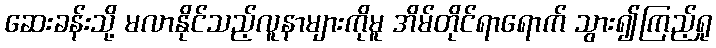
ဆေးခန်းသို့ မလာနိုင်သည့်လူနာများကိုမူ အိမ်တိုင်ရာရောက် သွား၍ကြည့်ရှု